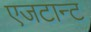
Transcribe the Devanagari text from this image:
एजटान्ट